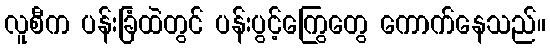
လူစီက ပန်းခြံထဲတွင် ပန်းပွင့်ကြွေတွေ ကောက်နေသည်။